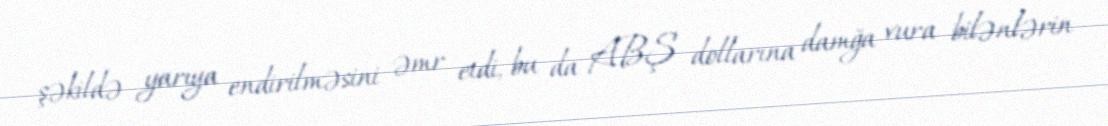
şəkildə yarıya endirilməsini əmr etdi, bu da ABŞ dollarına damğa vura bilənlərin